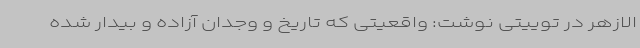
الازهر در توییتی نوشت: واقعیتی که تاریخ و وجدان آزاده و بیدار شده